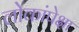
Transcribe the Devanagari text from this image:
लोकांपेक्षा